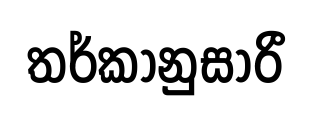
තර්කානුසාරී